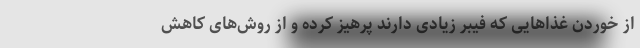
از خوردن غذاهایی که فیبر زیادی دارند پرهیز کرده و از روش‌های کاهش